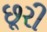
છૂરી